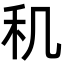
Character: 𬓠